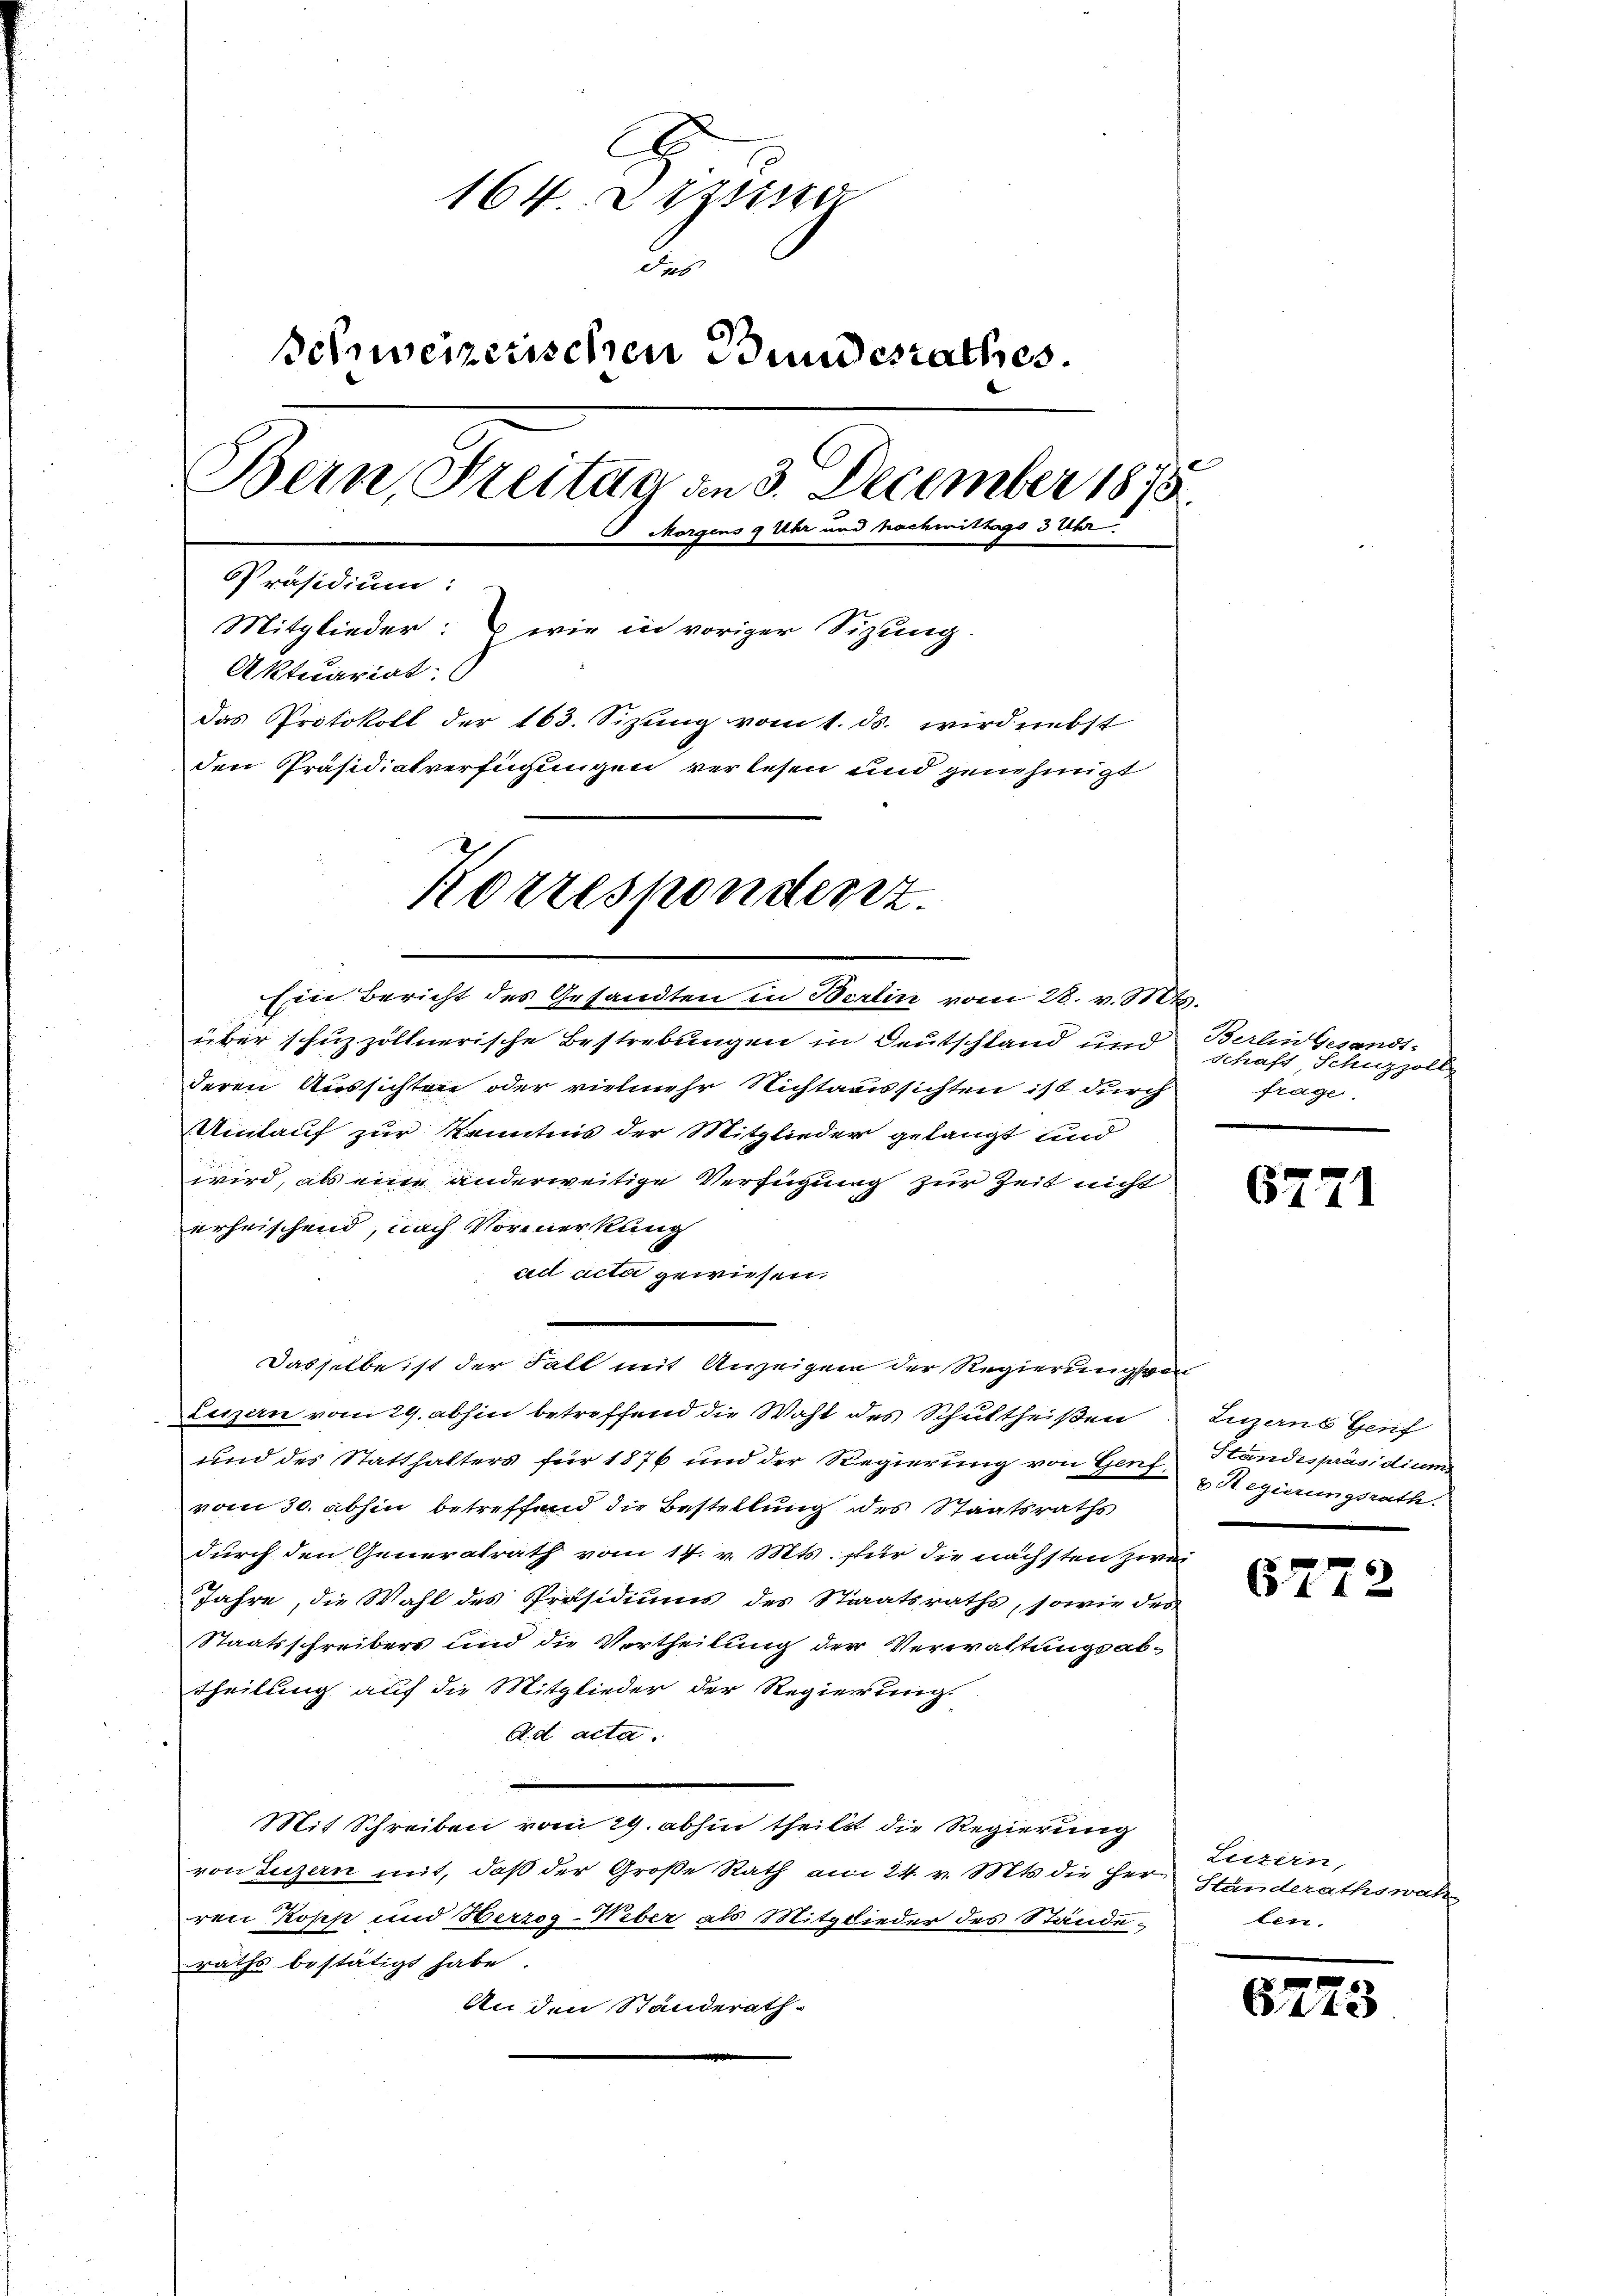
A
164. Deziitzer
dies
Schweizerischen Bundesrathes.
Bern, Freitag an 3. December 1875.
J. Morgens 9 Uhr und Nachmittags 3 Uhr
Präsidium:
Mitglieder: wie in voriger Sitzung.
Aktuariat:
Das Protokoll der 163. Sizung vom 1. ds. wird nebst
den Präsidiatverfügungen verlesen und genehmigt

Korrespondenz.

Ein Bericht des Gesandten in Berlin vom 28. v. Mts.
über schuzzöllnerische Bestrebungen in Deutschland und
deren Aussichten oder vielmehr Nichtaussichten ist durch
Umtauf zur Kenntnis der Mitglieder gelangt und
wird, als eine anderweitige Verfügung zur Zeit nicht
erheischend, nach Vormerkung
ad acta gewiesen.
Dasselbe ist der Fall mit Anzeigen der Regierungsver
Lezzern vom 29. abhin betreffend die Wahl des Schultheißen
und des Statthalters für 1876 und der Regierung von Haus Regierungsrath.
vom 30. abhin betreffend die Bestellung des Staatsraths
durch den Generalrath vom 14. v. Mts. für die nächsten zwei
Jahre, die Wahl des Präsidiums des Staatsraths, sowie des
Staatsschreibers und die Vertheilung der Verwaltungsabtheilung auf die Mitglieder der Regierung
A.d acta.
Mit Schreiben vom 29. abhin theils die Regierung
von Luzern mit, daβ der Große Rath am 24. v. Mts. die her ständerathswat
ren Kopp und Herzog-Ueber als Mitglieder des Stände,
raths bestätigt habe.
An den Standerath

Berlin Gesandt.
Schaft Schnzzoll
frage

6771

Luzerns Genf
Stundespräsidium

6772

Luzern,
len.

6

3